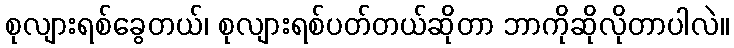
စုလျားရစ်ခွေတယ်၊ စုလျားရစ်ပတ်တယ်ဆိုတာ ဘာကိုဆိုလိုတာပါလဲ။